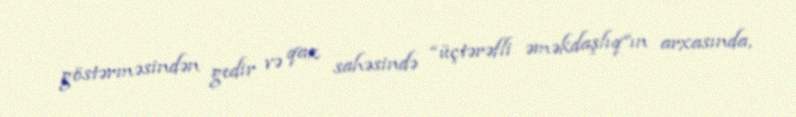
göstərməsindən gedir və qaz sahəsində “üçtərəfli əməkdaşlıq”ın arxasında,